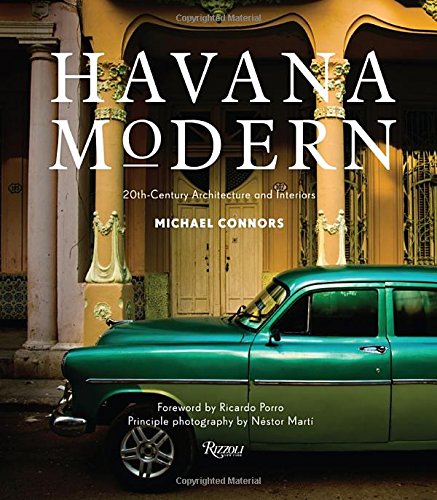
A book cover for Havana Modern: Twentieth-Century Architecture and Interiors; Michael Connors; Arts & Photography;